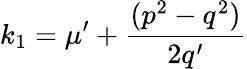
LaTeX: k_{1}=\mu^{\prime}+\frac{(p^{2}-q^{2})}{2q^{\prime}}